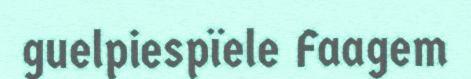
guelpiespïele Faagem